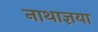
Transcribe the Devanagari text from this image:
नाथाज्ञया